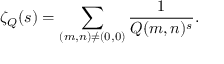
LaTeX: \zeta _ { Q } ( s ) = \sum _ { ( m , n ) \neq ( 0 , 0 ) } { \frac { 1 } { Q ( m , n ) ^ { s } } } .